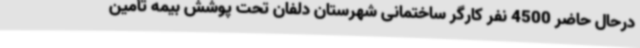
درحال حاضر 4500 نفر کارگر ساختمانی شهرستان دلفان تحت پوشش بیمه تأمین